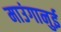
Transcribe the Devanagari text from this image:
माउंगानुई